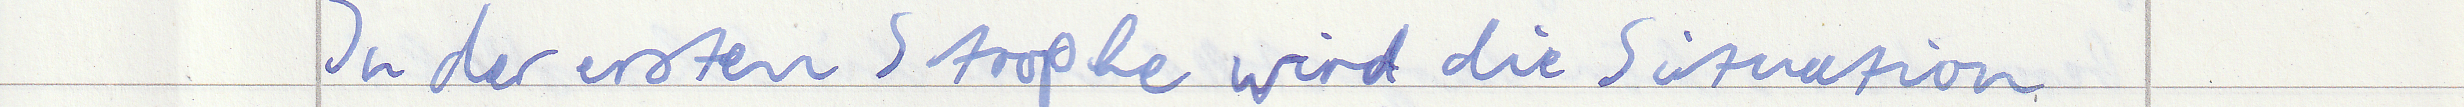
In der ersten Strophe wird die Situation